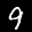
Label: 9